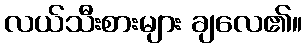
လယ်သီးစားများ ချလေ၏။